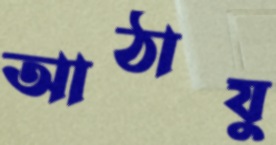
আঠাযু